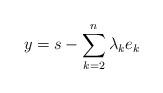
LaTeX: \begin{align*}y = s - \sum_{k=2}^{n} \lambda_k e_k \\\end{align*}